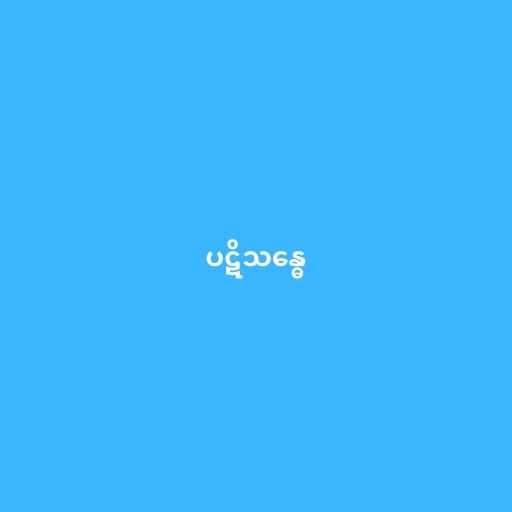
ပဋိသန္ဓေ